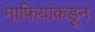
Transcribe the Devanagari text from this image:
माफियांकडून